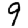
Digit: 9